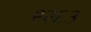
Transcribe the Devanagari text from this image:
९२६३